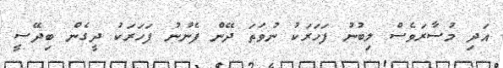
އަދި މުސާރަވެސް ލިބުނު ފަހަރަކު ނުވަތަ ދޭން ފެނުނު ފަހަރަކު ދީގެން ބިދޭސީ